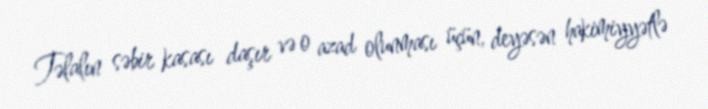
Təlalın səbir kasası daşır və o azad olunması üçün, deyəsən hakimiyyətlə